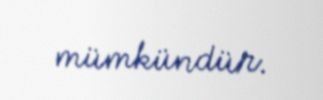
mümkündür.